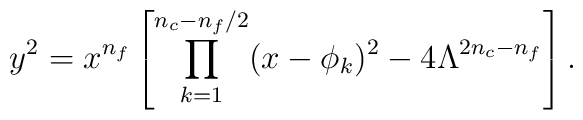
y^{2} = x^{n_{f}} \left[                  \prod_{k=1}^{n_{c}-n_{f}/2} (x-\phi_{k})^{2}          - 4\Lambda^{2n_{c}-n_{f}} \right].